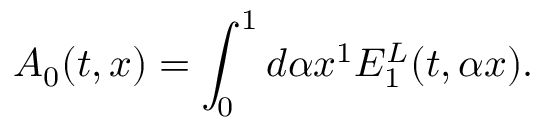
{ \cal A } _ { 0 } ( t , x ) = \int _ { 0 } ^ { 1 } { d \alpha } x ^ { 1 } E _ { 1 } ^ { L } ( t , \alpha x ) .